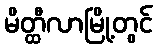
မိတ္ထီလာမြို့တွင်